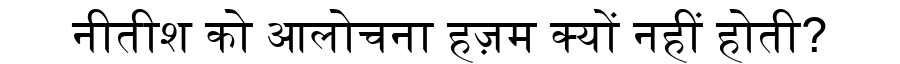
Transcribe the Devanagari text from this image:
नीतीश को आलोचना हज़म क्यों नहीं होती?